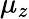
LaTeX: \mu_{z}